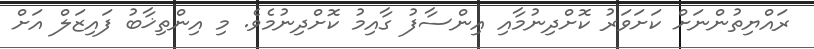
ރައްޔިތުންނަށް ކަށަވަރު ކޮށްދިނުމާއި އިންސާފު ގާއިމު ކޮށްދިނުމެވެ. މި އިންތިޚާބު ފައިޒަލް އަށް